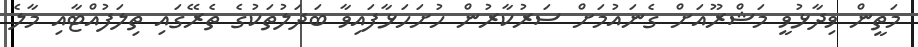
މަތީން ވިދާޅުވީ މަޝްރޫއަށް ގެނައުމަށް ސަރުކާރުން ހުށަހަޅާފައިވާ ބަދަލުތަކުގެ ތެރޭގައި ތިލަފުއްޓާއި މާލެ